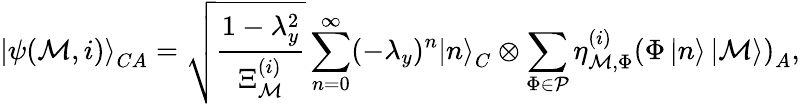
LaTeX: \left|\psi(\mathcal{M},i)\right>_{CA}=\sqrt{\frac{1-\lambda_{y}^{2}}{\Xi_{\mathcal{M}}^{(i)}}}\sum_{n=0}^{\infty}(-\lambda_{y})^{n}\left|n\right>_{C}\otimes\sum_{\Phi\in\mathcal{P}}\eta_{\mathcal{M},\Phi}^{(i)}\left(\Phi\left|n\right>\left|\mathcal{M}\right>\right)_{A},